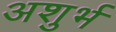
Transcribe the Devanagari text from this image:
अशुर्भ